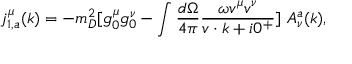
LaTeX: j _ { 1 , a } ^ { \mu } ( k ) = - m _ { D } ^ { 2 } [ g _ { 0 } ^ { \mu } g _ { 0 } ^ { \nu } - \int { \frac { d \Omega } { 4 \pi } } { \frac { \omega v ^ { \mu } v ^ { \nu } } { v \cdot k + i 0 ^ { + } } } ] \ A _ { \nu } ^ { a } ( k ) ,